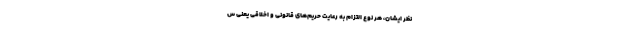
نظر ایشان، هر نوع التزام به رعایت حریم‌های قانونی و اخلاقی یعنی س